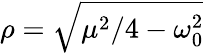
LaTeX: \rho=\sqrt{\mu^{2}/4-\omega_{0}^{2}}